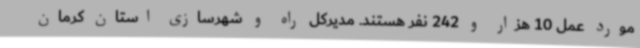
مورد عمل 10 هزار و 242 نفر هستند. مدیرکل راه و شهرسازی استان کرمان